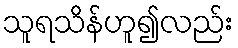
သူရသိန်ဟူ၍လည်း